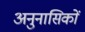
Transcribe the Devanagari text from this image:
अनुनासिकों